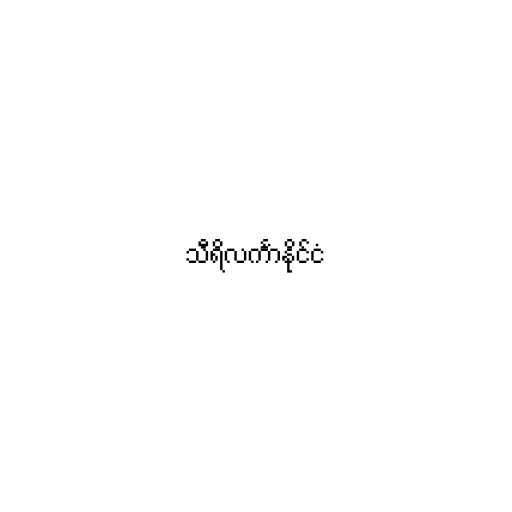
သီရိလင်္ကာနိုင်ငံ